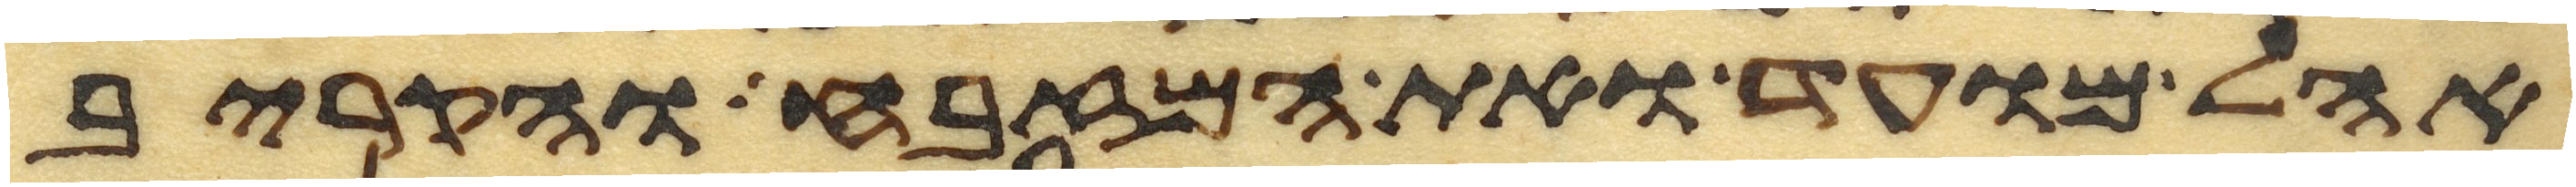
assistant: אהל מועד ואת המזבח והקריב